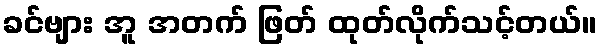
ခင်ဗျား အူ အတက် ဖြတ် ထုတ်လိုက်သင့်တယ်။